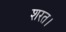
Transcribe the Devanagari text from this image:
शरत।